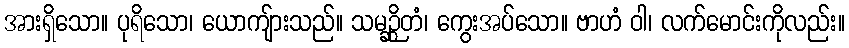
အားရှိသော။ ပုရိသော၊ ယောကျ်ားသည်။ သမဉ္ဆိတံ၊ ကွေးအပ်သော။ ဗာဟံ ဝါ၊ လက်မောင်းကိုလည်း။